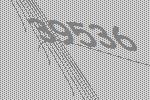
39536